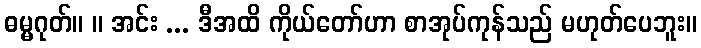
ဓမ္မဂုတ်။ ။ အင်း ... ဒီအထိ ကိုယ်တော်ဟာ စာအုပ်ကုန်သည် မဟုတ်ပေဘူး။